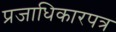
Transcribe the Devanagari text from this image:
प्रजाधिकारपत्र